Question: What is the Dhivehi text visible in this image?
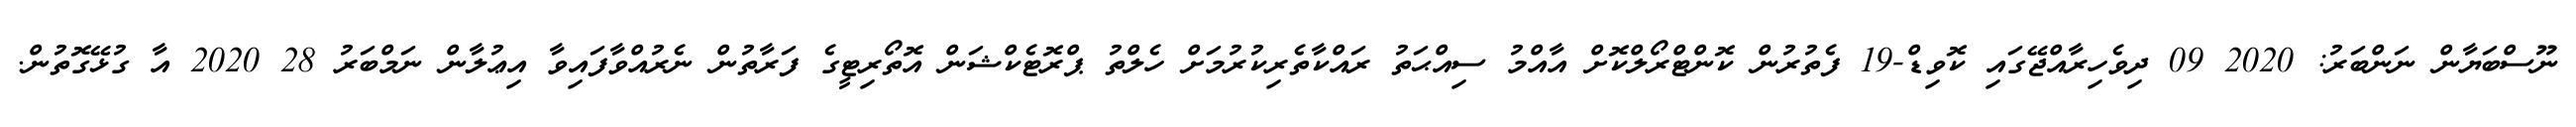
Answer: ނޫސްބަޔާން ނަންބަރު: 2020 09 ދިވެހިރާއްޖޭގައި ކޮވިޑް-19 ފެތުރުން ކޮންޓްރޯލްކޮށް އާއްމު ސިއްޙަތު ރައްކާތެރިކުރުމަށް ހެލްތު ޕްރޮޓެކްޝަން އޮތޯރިޓީގެ ފަރާތުން ނެރުއްވާފައިވާ އިޢުލާން ނަމްބަރު 28 2020 އާ ގުޅޭގޮތުން.